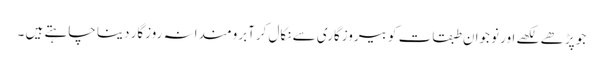
جو پڑھے لکھے اور نوجوان طبقات کو بیروزگاری سے نکال کرآبرومندانہ روزگار دینا چاہتے ہیں ۔